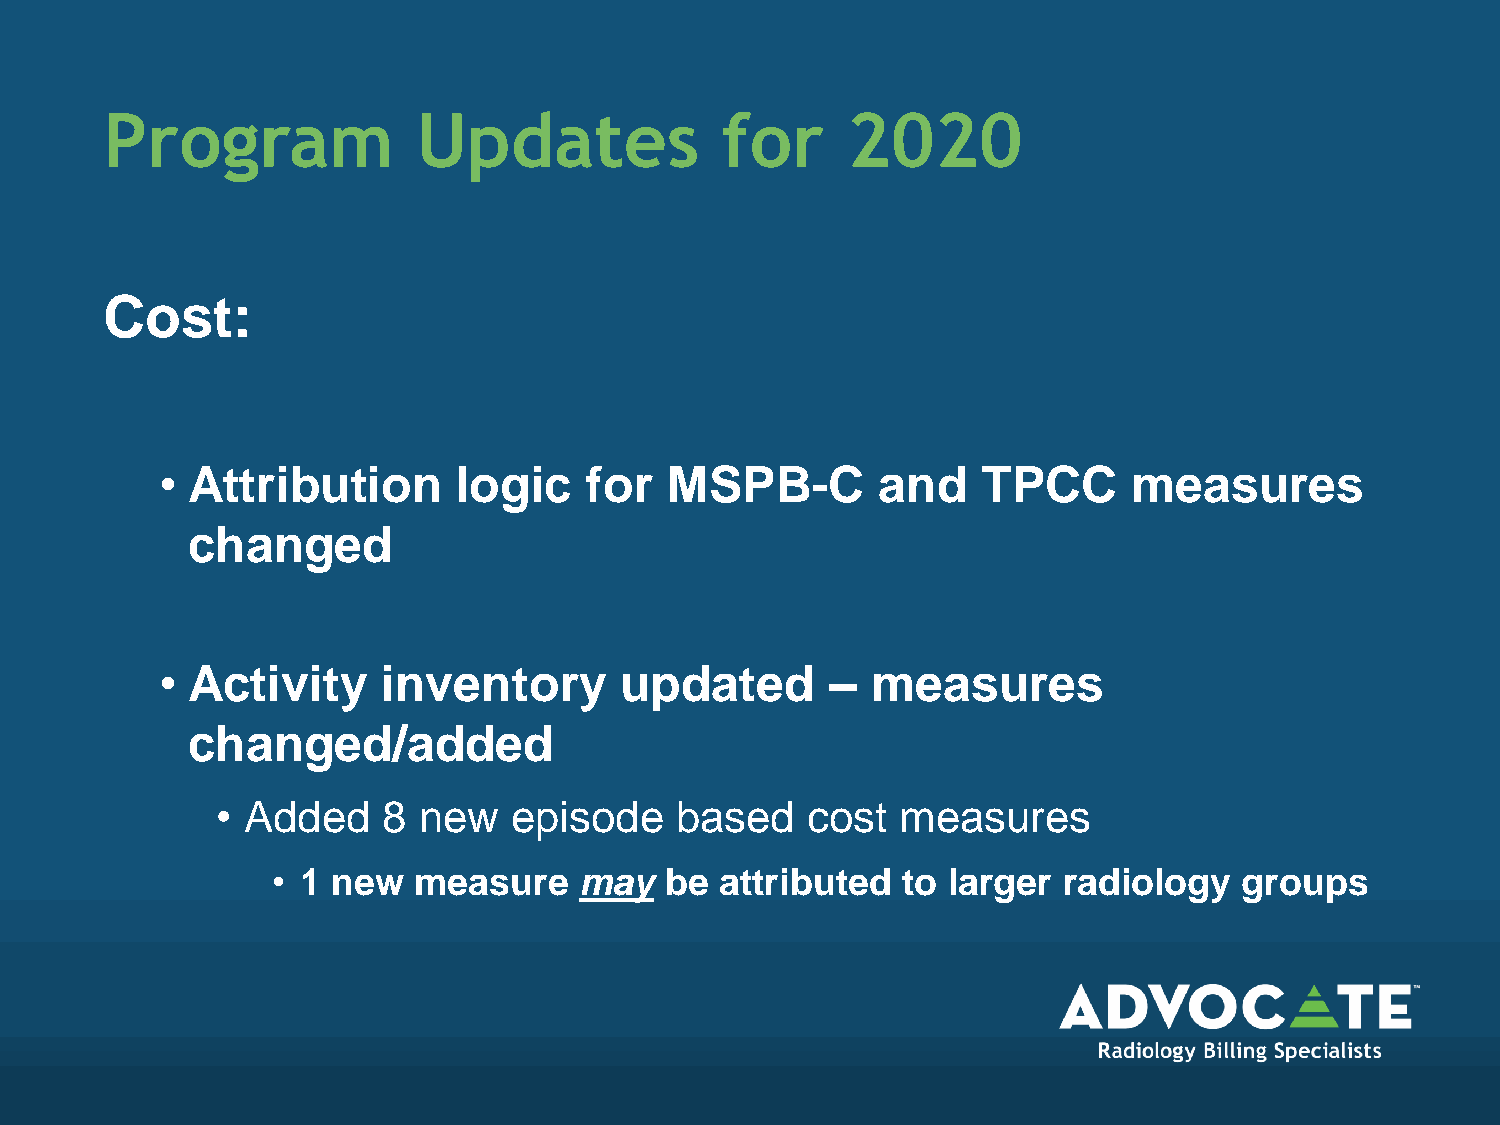
Program              Updates             for     2020
 Cost:
 • Attribution      logic    for  MSPB-C        and    TPCC      measures
 changed
 • Activity    inventory       updated       –  measures
 changed/added
 • Added    8  new   episode    based   cost   measures
 • 1 new  measure    may   be  attributed  to larger radiology   groups